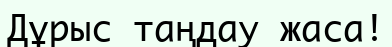
Дұрыс таңдау жаса!